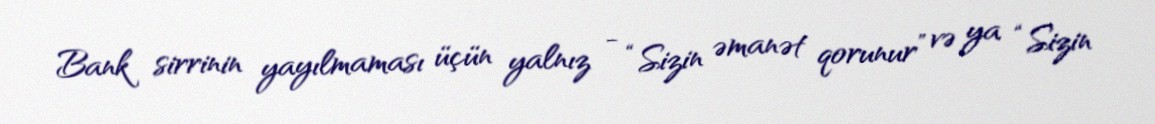
Bank sirrinin yayılmaması üçün yalnız - “Sizin əmanət qorunur” və ya “Sizin